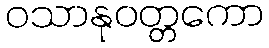
ဝသာနုဝတ္တကော